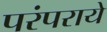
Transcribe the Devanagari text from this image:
परंपराये